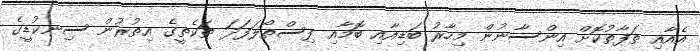
އެއާއި ތަފާތުކޮށް އިންސާނުން މިހާރު ބަޑިއާއި ބޮމާއި ފިސްތޯލަފަދަ ތަކެތީގެ އިތުރުން ސިނކުޑީގެ